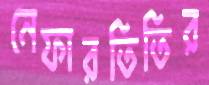
নেফারতিতির